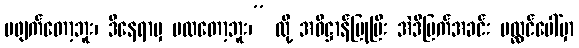
မဖျက်တော့ဘူး၊ ဒီနေရာမှ မထတော့ဘူး၊” လို့ အဓိဋ္ဌာန်ပြုပြီး အဲဒီမြက်အခင်း ပလ္လင်ပေါ်မှာ